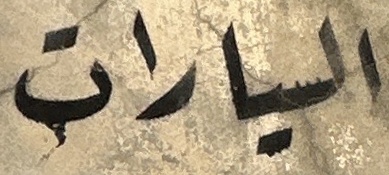
السیارات